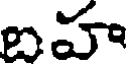
బహ